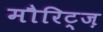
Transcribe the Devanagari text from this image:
मौरिट्ज़